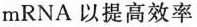
mRNA以提高效率